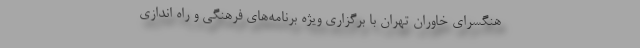
هنگسرای خاوران تهران با برگزاری ویژه برنامه‌های فرهنگی و راه اندازی